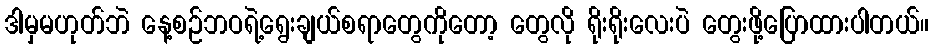
ဒါမှမဟုတ်ဘဲ နေ့စဉ်ဘဝရဲ့ရွေးချယ်စရာတွေကိုတော့ တွေလို ရိုးရိုးလေးပဲ တွေးဖို့ပြောထားပါတယ်။